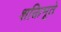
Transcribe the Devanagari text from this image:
शक्तिभूते